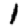
Digit: 1